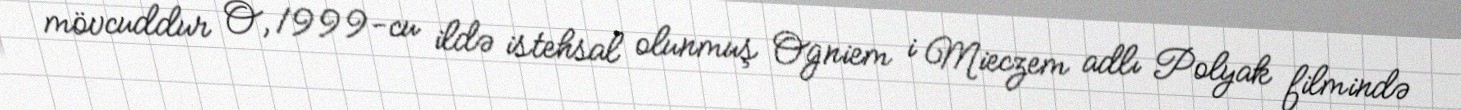
mövcuddur O, 1999-cu ildə istehsal olunmuş Ogniem i Mieczem adlı Polyak filmində